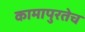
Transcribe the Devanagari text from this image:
कामापुरतेच